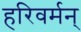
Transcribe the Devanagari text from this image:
हरिवर्मन्‌